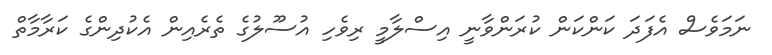
ނަމަވެސް އެފަަދަ ކަންކަން ކުރަންވާނީ އިސްލާމީ ރިވެހި އުސޫލުގެ ތެރެއިން އެކުދިންގެ ކަރާމާތް